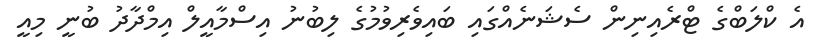
އެ ކްލަބްގެ ޓްރެއިނިން ސެޝަނެއްގައި ބައިވެރިވުމުގެ ލިބުނު އިސްމާއީލް އިމްދާދު ބުނީ މިއީ